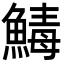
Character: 𩹝